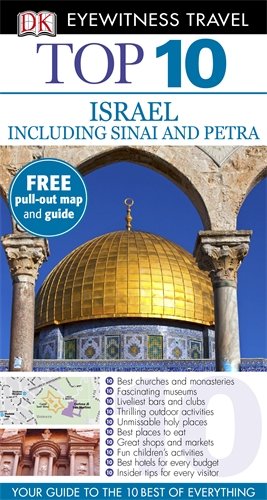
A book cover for DK Eyewitness Top 10 Travel Guide: Israel, Sinai and Petra; Collectif; Travel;